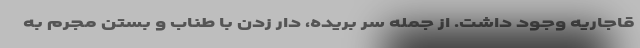
قاجاریه وجود داشت. از جمله سر بریده، دار زدن با طناب و بستن مجرم به